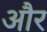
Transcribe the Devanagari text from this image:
और